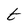
Character: t